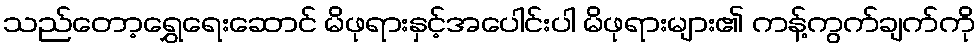
သည်တော့ရွှေရေးဆောင် မိဖုရားနှင့်အပေါင်းပါ မိဖုရားများ၏ ကန့်ကွက်ချက်ကို